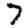
Digit: 7